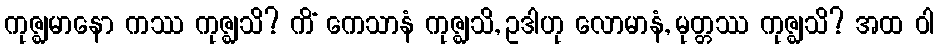
ကုဇ္ဈမာနော ကဿ ကုဇ္ဈသိ? ကိံ ကေသာနံ ကုဇ္ဈသိ, ဥဒါဟု လောမာနံ, မုတ္တဿ ကုဇ္ဈသိ? အထ ဝါ